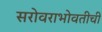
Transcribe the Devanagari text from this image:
सरोवराभोवतीची